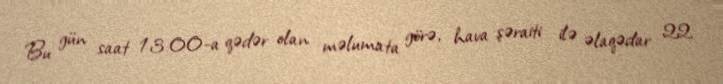
Bu gün saat 13:00-a qədər olan məlumata görə, hava şəraiti ilə əlaqədar 22